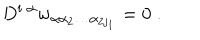
D ^ { i \; \alpha } w _ { \alpha \alpha _ { 2 } \ldots \alpha _ { 2 j _ { 1 } } } = 0 \; .